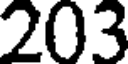
203